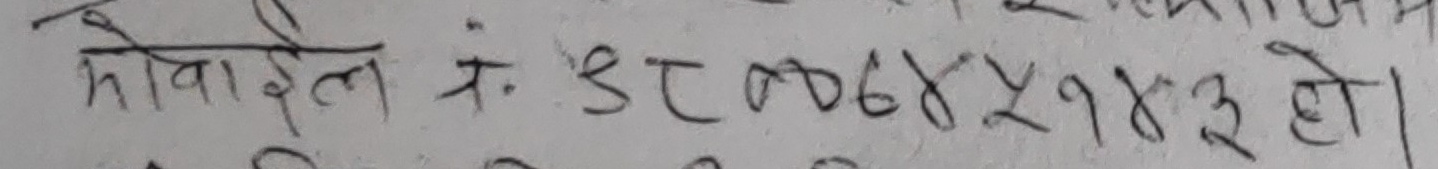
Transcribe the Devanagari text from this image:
मोबाईल नं. ९८००७४२१४३ हो ।